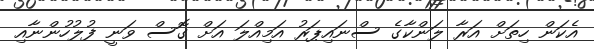
އެކަން ހިތަށް އަރާ ލަންކާގެ ސްނައިޕަރު އަމިއްލަ އަށް ގޮޮސް ވަނީ ފުލުހުންނާއި